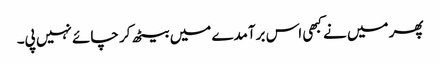
پھر میں نے کبھی اس برآمدے میں بیٹھ کر چائے نہیں پی۔